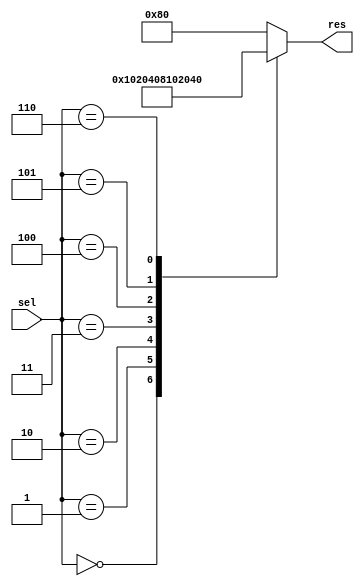
//
// Copyright 2011 Ettus Research LLC
//
// This program is free software: you can redistribute it and/or modify
// it under the terms of the GNU General Public License as published by
// the Free Software Foundation, either version 3 of the License, or
// (at your option) any later version.
//
// This program is distributed in the hope that it will be useful,
// but WITHOUT ANY WARRANTY; without even the implied warranty of
// MERCHANTABILITY or FITNESS FOR A PARTICULAR PURPOSE.  See the
// GNU General Public License for more details.
//
// You should have received a copy of the GNU General Public License
// along with this program.  If not, see <http://www.gnu.org/licenses/>.
//


module decoder_3_8 
  (input [2:0] sel, 
   output reg [7:0] res);

   always @(sel or res)
     begin
        case (sel)
          3'b000 : res = 8'b00000001;
          3'b001 : res = 8'b00000010;
          3'b010 : res = 8'b00000100;
          3'b011 : res = 8'b00001000;
          3'b100 : res = 8'b00010000;
          3'b101 : res = 8'b00100000;
          3'b110 : res = 8'b01000000;
          default : res = 8'b10000000;
        endcase // case(sel)
     end // always @ (sel or res)

endmodule // decoder_3_8